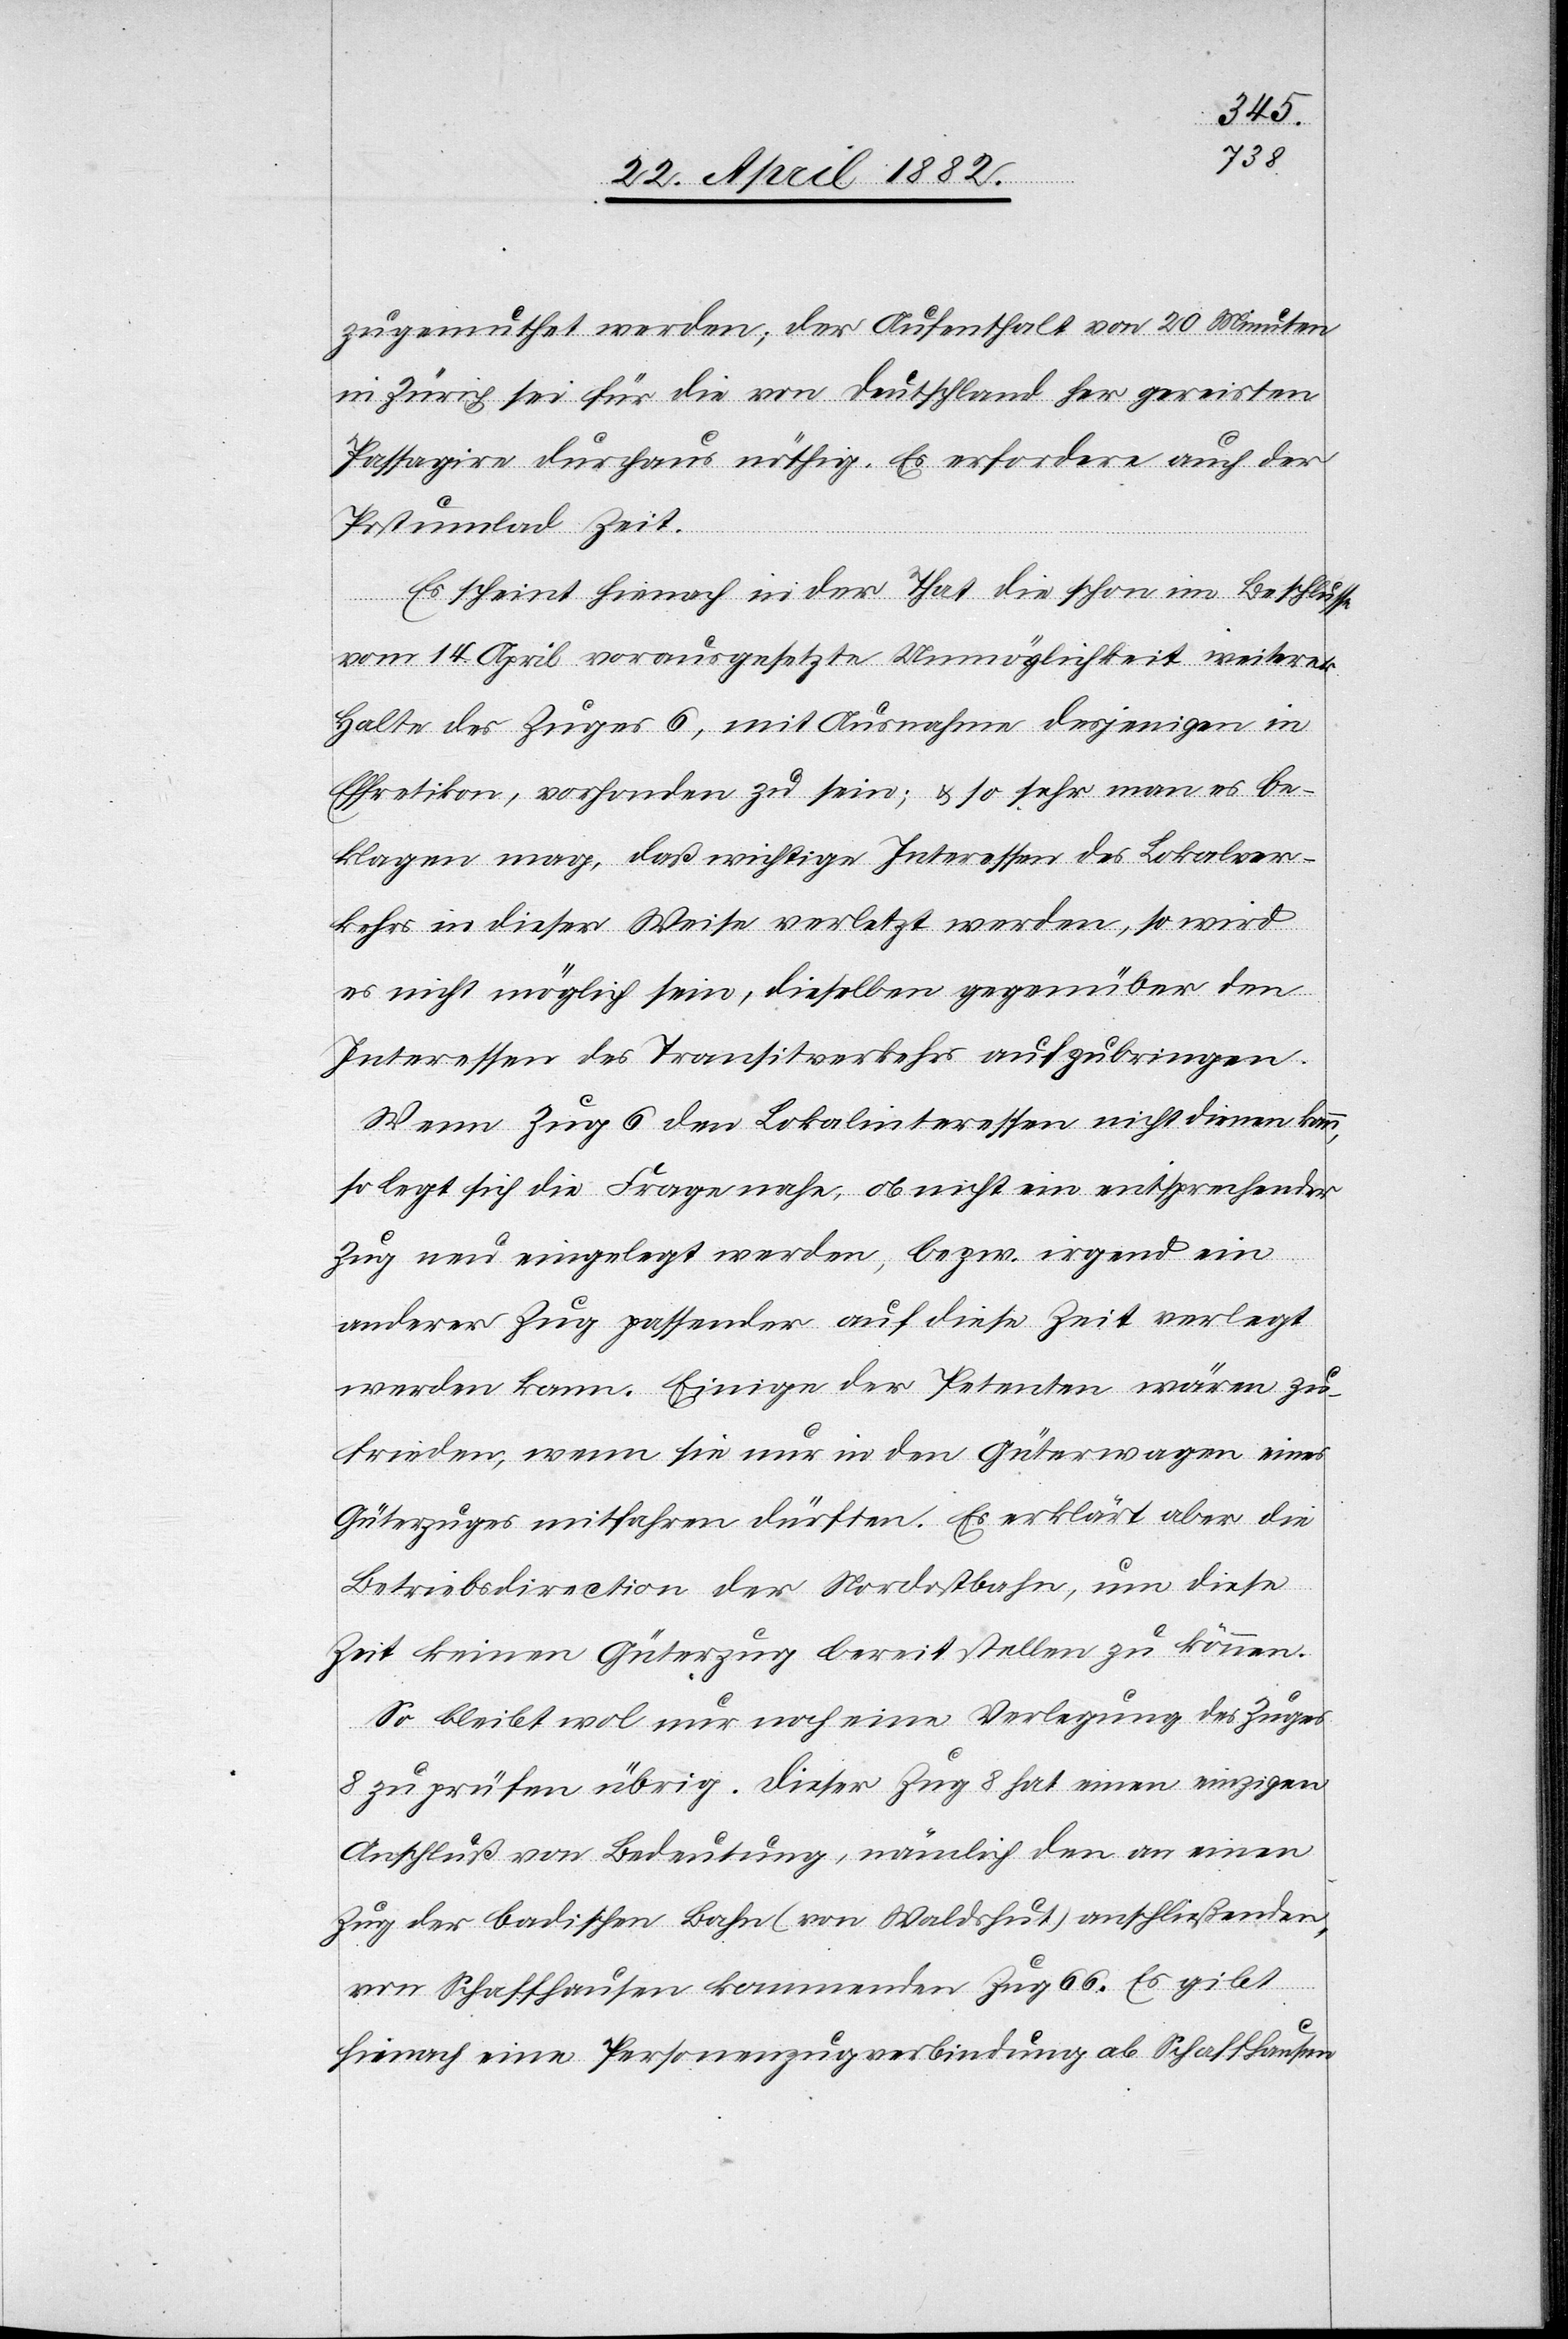
zugemuthet werden; der Aufenthalt von 20 Minuten
in Zürich sei für die von Deutschland her gereisten
Passagi[e]re durchaus nöthig. Es erfordere auch der
Postumlad Zeit.
Es scheint hienach in der That die schon im Beschlusse
vom 14. April vorausgesetzte Unmöglichkeit weiterer
Halte des Zuges 6, mit Ausnahme desjenigen in
Effretikon, vorhanden zu sein; & so sehr man es be¬
klagen mag, daß wichtige Interessen des Lokalver¬
kehrs in dieser Weise verletzt werden, so wird
es nicht möglich sein, dieselben gegenüber den
Interessen des Transitverkehrs aufzubringen.
Wenn Zug 6 den Lokalinteressen nicht dienen kann,
so legt sich die Frage nahe, ob nicht ein entsprechender
Zug neu eingelegt werden, bezw. irgend ein
anderer Zug passender auf diese Zeit verlegt
werden kann. Einige der Petenten wären zu¬
frieden, wenn sie nur in den Güterwagen eines
Güterzuges mitfahren dürften. Es erklärt aber die
Betriebsdirection der Nordostbahn, um diese
Zeit keinen Güterzug bereitstellen zu können.
So bleibt wol nur noch eine Verlegung des Zuges
8 zu prüfen übrig. Dieser Zug 8 hat einen einzigen
Anschluß von Bedeutung, nämlich den an einen
Zug der badischen Bahn (von Waldshut) anschließenden,
von Schaffhausen kommenden Zug 66. Es gibt
hienach eine Personenzugverbindung ab Schaffhausen